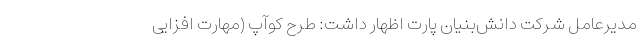
مدیرعامل شرکت دانش‌بنیان پارت اظهار داشت: طرح کوآپ (مهارت افزایی